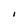
Character: I